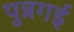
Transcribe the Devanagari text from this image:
पुन्नगई